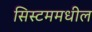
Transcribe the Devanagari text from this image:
सिस्टममधील